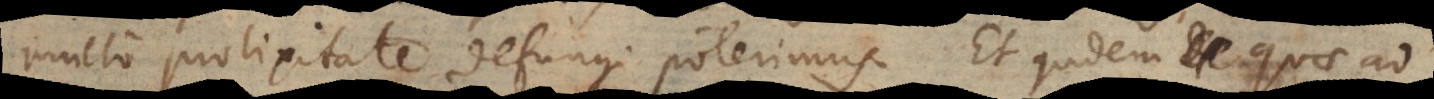
multo prolixitate defungi poterimus. Et quidem quae ad